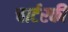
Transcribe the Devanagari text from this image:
चार्टरकी